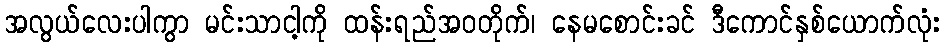
အလွယ်လေးပါကွာ မင်းသာငါ့ကို ထန်းရည်အဝတိုက်၊ နေမစောင်းခင် ဒီကောင်နှစ်ယောက်လုံး